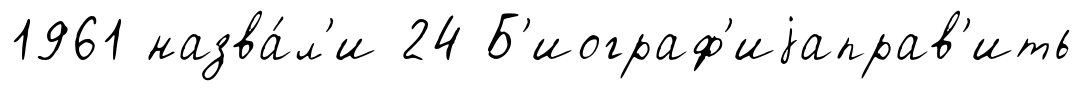
1961 назва́л'и 24 Б'иограф'иjаправ'ить